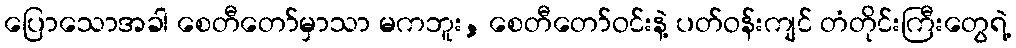
ပြောသောအခါ စေတီတော်မှာသာ မကဘူး, စေတီတော်ဝင်းနဲ့ ပတ်ဝန်းကျင် တံတိုင်းကြီးတွေရဲ့